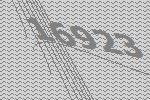
16923